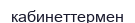
кабинеттермен